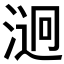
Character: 𣹔